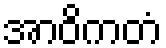
အာဝိကတံ